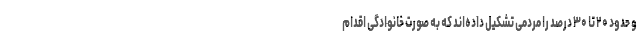
و حدود ۲۰ تا ۳۰ درصد را مردمی تشکیل داده‌اند که به صورت خانوادگی اقدام